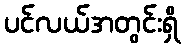
ပင်လယ်အတွင်းရှိ